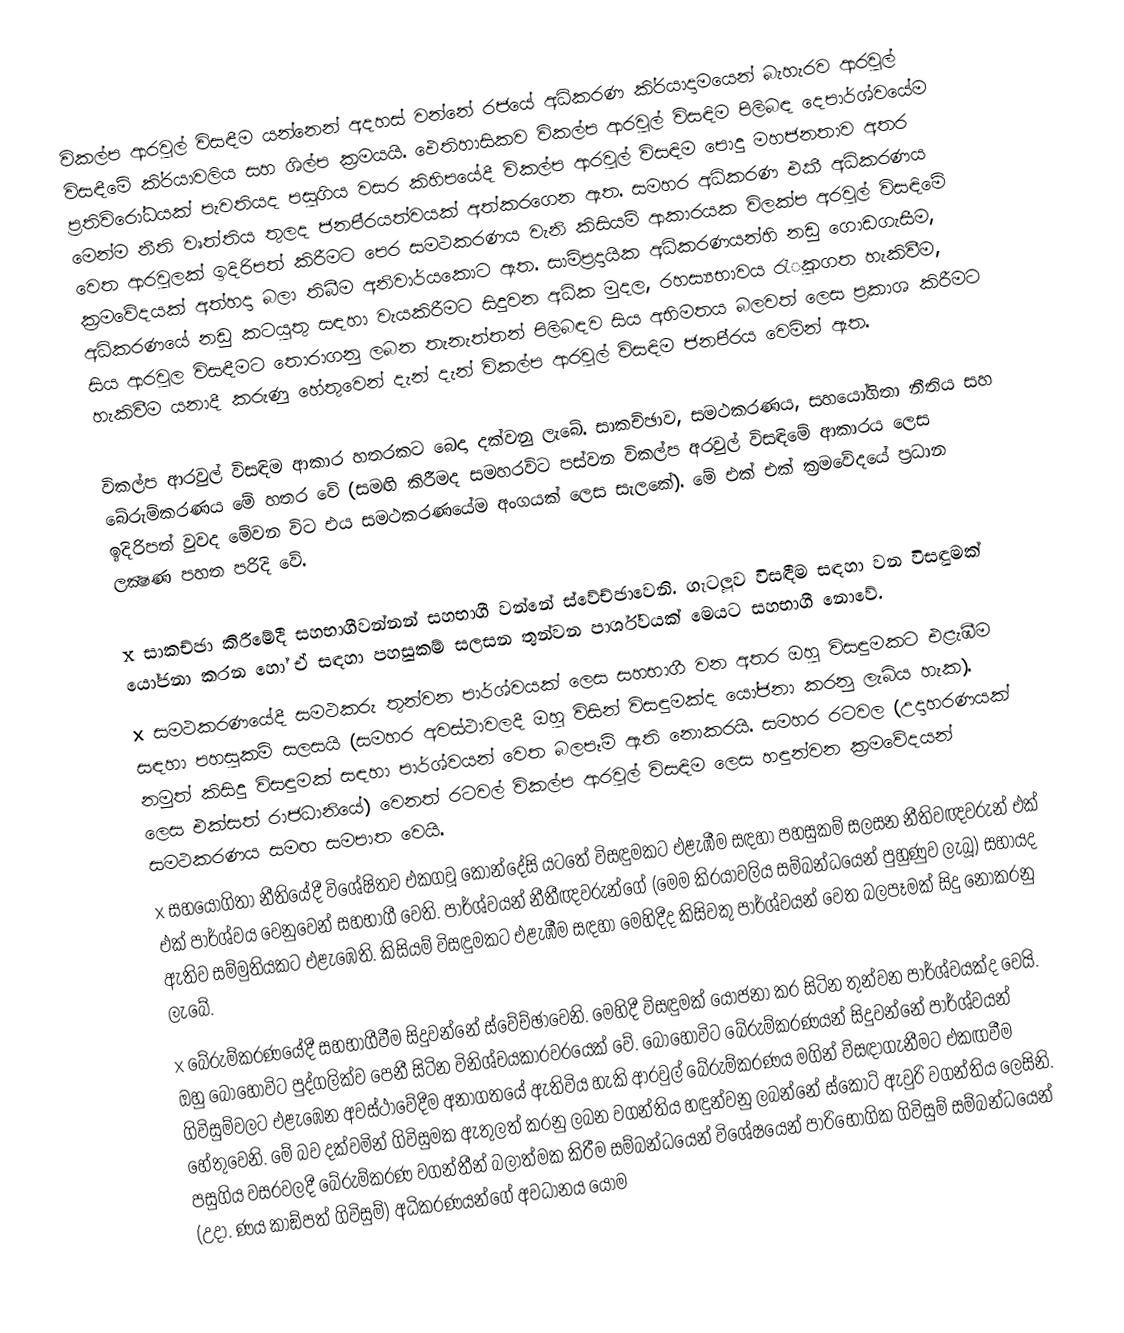
විකල්ප ආරවුල් විසඳීම යන්නෙන් අදහස් වන්නේ රජයේ අධිකරණ කි‍්‍රයාදාමයෙන් බැහැරව ආරවුල් විසඳීමේ කි‍්‍රයාවලිය සහ ශිල්ප ක‍්‍රමයයි. ඵෙතිහාසිකව විකල්ප ආරවුල් විසඳිම පිලිබඳ දෙපාර්ශ්වයේම ප‍්‍රතිවිරෝධයක් පැවතියද පසුගිය වසර කිහිපයේදී විකල්ප ආරවුල් විසඳිම පොදු මහජනතාව අතර මෙන්ම නීති වෘත්තිය තුලද ජනපි‍්‍රයත්වයක් අත්කරගෙන ඇත. සමහර අධිකරණ එකී අධිකරණය වෙත ආරවුලක් ඉදිරිපත් කිරීමට පෙර සමථකරණය වැනි කිසියම් ආකාරයක විලක්ප අරවුල් විසඳිමේ ක‍්‍රමවේදයක් අත්හදා බලා තිබීම අනිවාර්යකොට ඇත. සාම්ප‍්‍රදායික අධිකරණයන්හි නඩු ගොඩගැසීම, අධිකරණයේ නඩු කටයුතු සඳහා වැයකිරීමට සිදුවන අධික මුදල, රහස්‍යභාවය රැුකගත හැකිවීම, සිය ආරවුල විසඳීමට තොරාගනු ලබන තැනැත්තන් පිලිබඳව සිය අභිමතය බලවත් ලෙස ප‍්‍රකාශ කිරීමට හැකිවීම යනාදී කරුණු හේතුවෙන් දැන් දැන් විකල්ප ආරවුල් විසඳිම ජනපි‍්‍රය වෙමින් ඇත.

විකල්ප ආරවුල් විසඳිම ආකාර හතරකට බෙදා දක්වනු ලැබේ. සාකච්ඡාව, සමථකරණය, සහයෝගිතා නීතිය සහ බේරුම්කරණය මේ හතර වේ (සමඟි කිරීමද සමහරවිට පස්වන විකල්ප අරවුල් විසඳිමේ ආකාරය ලෙස ඉදිරිපත් වුවද මේවන විට එය සමථකරණයේම අංගයක් ලෙස සැලකේ). මේ එක් එක් ක‍්‍රමවේදයේ ප‍්‍රධාන ලක්‍ෂණ පහත පරිදි වේ.

x	සාකච්ඡා කිරීමේදී සහභාගීවන්නන් සහභාගී වන්නේ ස්වේච්ඡාවෙනි. ගැටලූව විසඳීම සඳහා වන විසඳුමක් යෝජනා කරන හෝ ඒ සඳහා පහසුකම් සලසන තුන්වන පාර්ශ්වයක් මෙයට සහභාගී නොවේ.
x	සමථකරණයේදී සමථකරු තුන්වන පාර්ශ්වයක් ලෙස සහභාගී වන අතර ඔහු විසඳුමකට එළැඹීම සඳහා පහසුකම් සලසයි (සමහර අවස්ථාවලදී ඔහු විසින් විසඳුමක්ද යෝජනා කරනු ලැබිය හැක). නමුත් කිසිදු විසඳුමක් සඳහා පාර්ශ්වයන් වෙත බලපෑම් ඇති නොකරයි. සමහර රටවල (උදාහරණයක් ලෙස එක්සත් රාජධානියේ) වෙනත් රටවල් විකල්ප ආරවුල් විසඳිම ලෙස හඳුන්වන ක‍්‍රමවේදයන් සමථකරණය සමඟ සමපාත වෙයි.
x	සහයෝගිතා නීතියේදී විශේෂිතව එකගවූ කොන්දේසි යටතේ විසඳුමකට එළැඹීම සඳහා පහසුකම් සලසන නීතිවඥවරුන් එක් එක් පාර්ශ්වය වෙනුවෙන් සහභාගී වෙති. පාර්ශ්වයන් නීතීඥවරුන්ගේ (මෙම කි‍්‍රයාවලිය සම්බන්ධයෙන් පුහුණුව ලැබූ) සහායද ඇතිව සම්මුතියකට එළැඹෙති. කිසියම් විසඳුමකට එළැඹීම සඳහා මෙහිදීද කිසිවකු පාර්ශ්වයන් වෙත බලපෑමක් සිදු නොකරනු ලැබේ.
x	බේරුම්කරණයේදී සහභාගීවීම සිදුවන්නේ ස්වේච්ඡාවෙනි. මෙහිදී විසඳුමක් යෝජනා කර සිටින තුන්වන පාර්ශ්වයක්ද වෙයි. ඔහු බොහෝවිට පුද්ගලික්ව පෙනී සිටින විනිශ්චයකාරවරයෙක් වේ. බොහෝවිට බේරුම්කරණයන් සිදුවන්නේ පාර්ශ්වයන් ගිවිසුම්වලට එළැඹෙන අවස්ථාවේදීම අනාගතයේ ඇතිවිය හැකි ආරවුල් බේරුම්කරණය මගින් විසඳාගැනීමට එකඟවීම හේතුවෙනි. මේ බව දක්වමින් ගිවිසුමක ඇතුලත් කරනු ලබන වගන්තිය හඳුන්වනු ලබන්නේ ස්කොට් ඇවුරි වගන්තිය ලෙසිනි. පසුගිය වසරවලදී බේරුම්කරණ වගන්තීන් බලාත්මක කිරීම සම්බන්ධයෙන් විශේෂයෙන් පාරිභෝගික ගිවිසුම් සම්බන්ධයෙන් (උදා. ණය කාඞ්පත් ගිවිසුම්) අධිකරණයන්ගේ අවධානය යොම